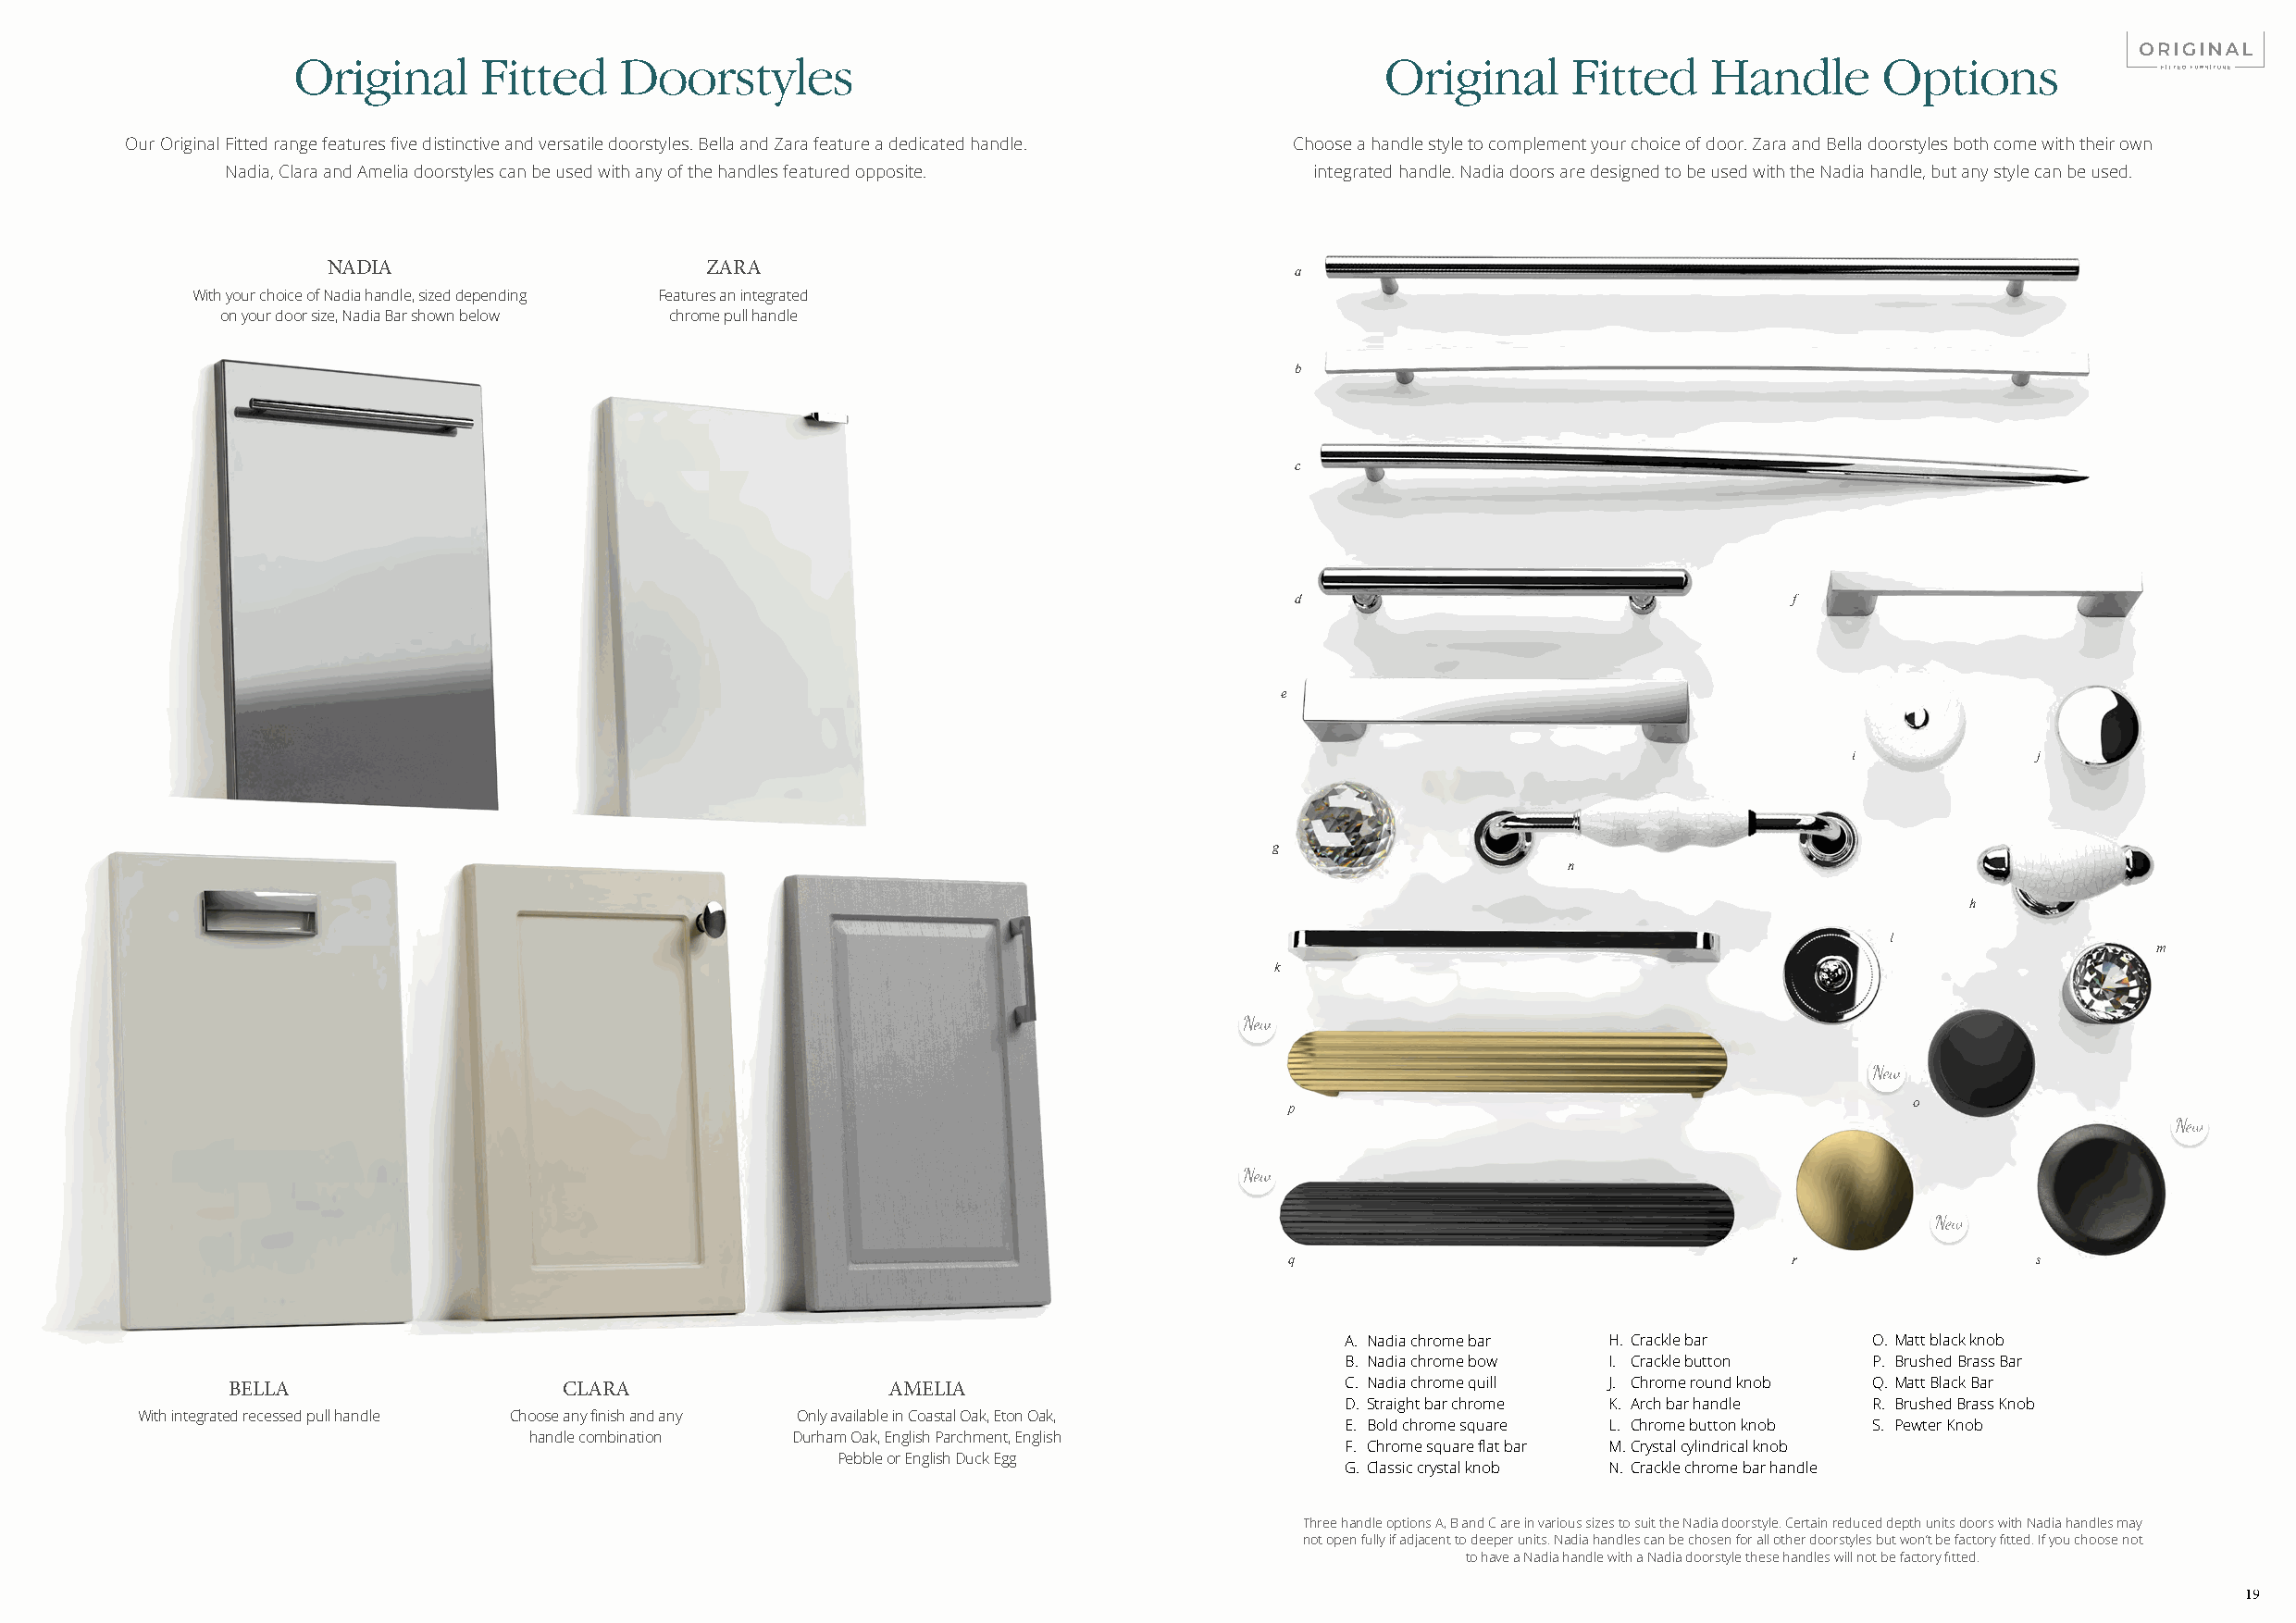
Original     Fitted    Doorstyles                                             Original     Fitted    Handle       Options
 Our Original Fitted range features five distinctive and versatile doorstyles. Bella and Zara feature a dedicated handle. Choose a handle style to complement your choice of door. Zara and Bella doorstyles both come with their own
 Nadia, Clara and Amelia doorstyles can be used with any of the handles featured opposite. integrated handle. Nadia doors are designed to be used with the Nadia handle, but any style can be used.
 NADIA                      ZARA                                       a
 With your choice of Nadia handle, sized depending Features an integrated
 on your door size, Nadia Bar shown below chrome pull handle
 b
 c
 d                                  f
 e
 i             j
 g
 n
 h
 l
 m
 k
 p                                            o
 q                                   r                 s
 A. Nadia chrome bar H. Crackle bar    O. Matt black knob
 B. Nadia chrome bow I. Crackle button P. Brushed Brass Bar
 BELLA                   CLARA                   AMELIA                          C. Nadia chrome quill J. Chrome round knob Q. Matt Black Bar
 D. Straight bar chrome K. Arch bar handle R. Brushed Brass Knob
 With integrated recessed pull handle Choose any finish and any Only available in Coastal Oak, Eton Oak,
 E. Bold chrome square L. Chrome button knob S. Pewter Knob
 handle combination Durham Oak, English Parchment, English
 F. Chrome square flat bar M. Crystal cylindrical knob
 Pebble or English Duck Egg
 G. Classic crystal knob N. Crackle chrome bar handle
 Three handle options A, B and C are in various sizes to suit the Nadia doorstyle. Certain reduced depth units doors with Nadia handles may
 not open fully if adjacent to deeper units. Nadia handles can be chosen for all other doorstyles but won’t be factory fitted. If you choose not
 to have a Nadia handle with a Nadia doorstyle these handles will not be factory fitted.
 19